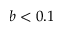
b < 0 . 1